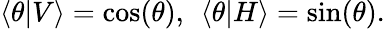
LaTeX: \langle\theta|V\rangle=\cos(\theta),\: \: \langle\theta|H\rangle=\sin(\theta).